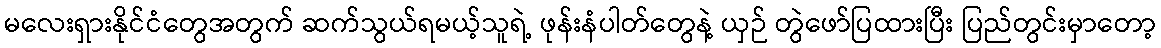
မလေးရှားနိုင်ငံတွေအတွက် ဆက်သွယ်ရမယ့်သူရဲ့ ဖုန်းနံပါတ်တွေနဲ့ ယှဉ် တွဲဖော်ပြထားပြီး ပြည်တွင်းမှာတော့